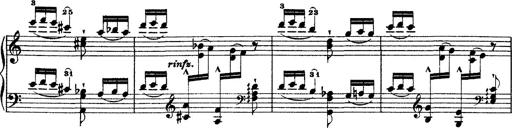
Title: Grandes Ã©tudes de Paganini
Composer: Franz Liszt